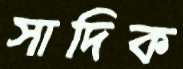
সাদিক